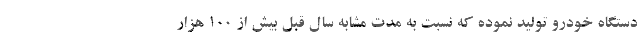
دستگاه خودرو تولید نموده که نسبت به مدت مشابه سال قبل بیش از 100 هزار